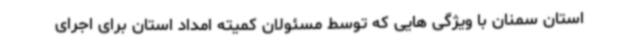
استان سمنان با ویژگی هایی که توسط مسئولان کمیته امداد استان برای اجرای